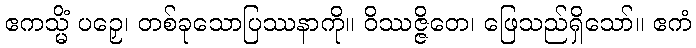
ဧကသ္မိံ ပဉှေ၊ တစ်ခုသောပြဿနာကို။ ဝိဿဇ္ဇိတေ၊ ဖြေသည်ရှိသော်။ ဧကံ